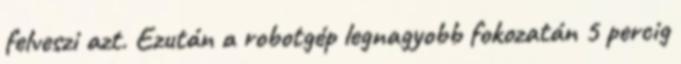
felveszi azt. Ezután a robotgép legnagyobb fokozatán 5 percig